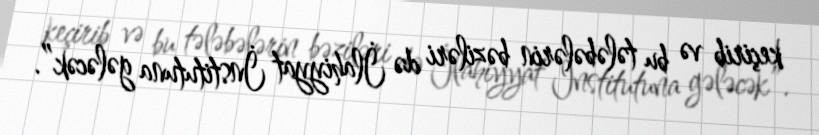
keçirib və bu tələbələrin bəziləri də İlahiyyat İnstitutuna gələcək”.